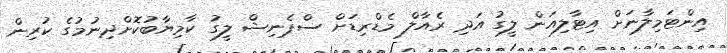
އިންޓަމިލާނަށް އިޓާލިއަން ލީގު އަދި ރެއާލް މެޑްރިޑަށް ސްޕެނިޝް ލީގު ކާމިޔާބުކޮށްދިނުމުގެ ކުރިން